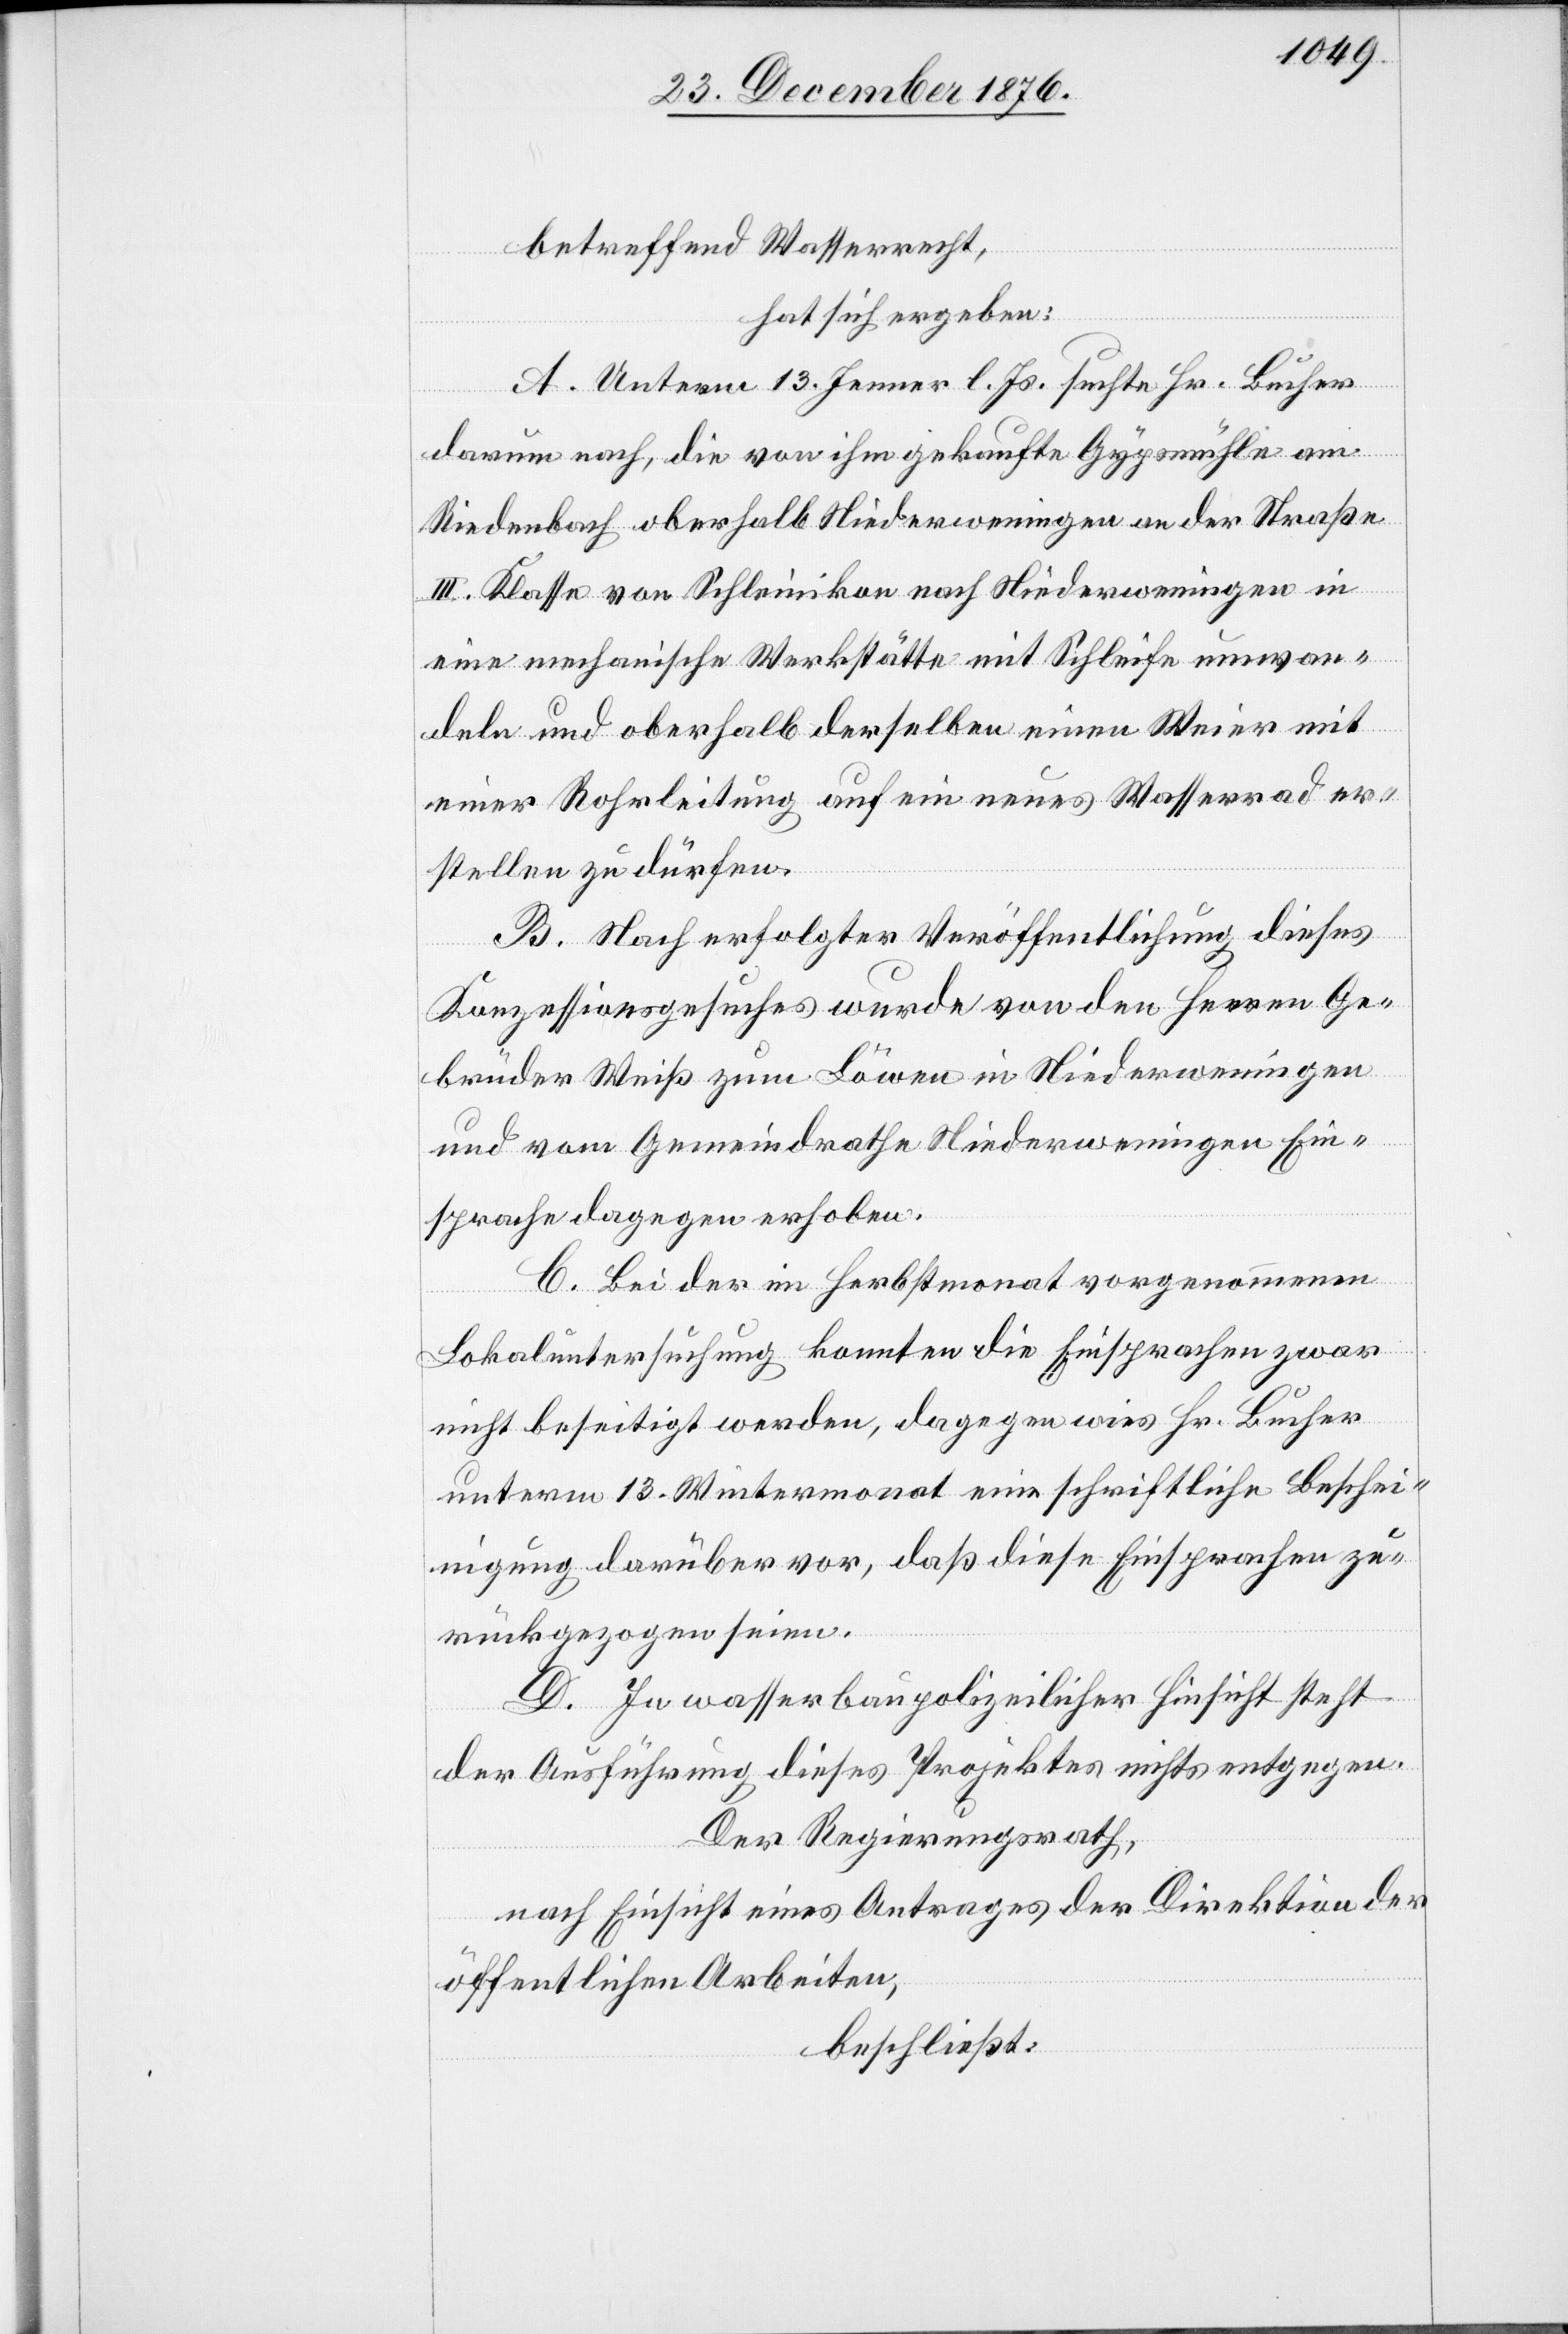
betreffend Wasserrecht,
hat sich ergeben:
A. Unterm 13. Jenner l. Js. suchte Hr. Bucher
darum nach, die von ihm gekaufte Gypsmühle am
Riedenbach oberhalb Niederweningen in eine mechani¬
deln und oberhalb derselben einen Weiter mit
einer Rohrleitung auf ein neues Wasserrad er¬
wan¬
stellen zu dürfen.
B. Nach erfolgter Veröffentlichung dieses
Konzessionsgesuches wurde von den Herren Ge¬
brüder Weiß zum Löwen in Niederweningen
und vom Gemeindrathe Niederweningen Ein¬
sprache dagegen erhoben.
C. Bei der im Herbstmonat vorgenommenen
mit
Lokaluntersuchung konnten die Einsprachen zwar
nicht beseitigt werden, dagegen wies Hr. Bucher
unterm 13. Wintermonat eine schriftliche Beschei¬
nigung darüber vor, daß diese Einsprachen zu¬
rückgezogen seien.
D. In wasserbaupolizeilicher Hinsicht steht
der Ausführung dieses Projektes nichts entgegen.
Der Regierungsrath,
nach Einsicht eines Antrages der Direktion der
öffentlichen Arbeiten,
beschließt: